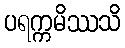
ပရက္ကမိဿသိ